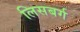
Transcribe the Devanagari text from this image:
लिसबर्ग